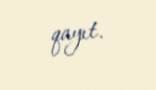
qayıt.